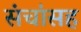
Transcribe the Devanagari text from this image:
संचांसह